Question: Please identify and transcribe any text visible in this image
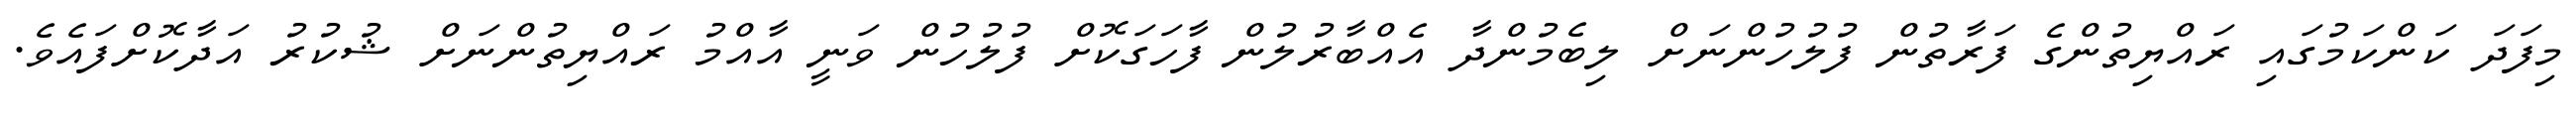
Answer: މިފަދަ ކަންކަމުގައި ރައްޔިތުންގެ ފަރާތުން ފުލުހުންނަށް ލިބެމުންދާ އެއްބާރުލުން ފާހަގަކޮށް ފުލުހުން ވަނީ އާއްމު ރައްޔިތުންނަށް ޝުކުރު އަދާކޮށްފައެވެ.